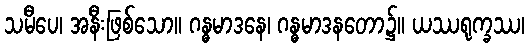
သမီပေ၊ အနီးဖြစ်သော။ ဂန္ဓမာဒနေ၊ ဂန္ဓမာဒနတော၌။ ယဿရုက္ခဿ၊